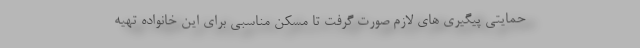
حمایتی پیگیری های لازم صورت گرفت تا مسکن مناسبی برای این خانواده تهیه